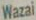
Wazai